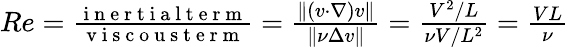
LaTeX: \begin{array}{r}{Re=\frac{\mathrm{~i~n~e~r~t~i~a~l~t~e~r~m~}}{\mathrm{~v~i~s~c~o~u~s~t~e~r~m~}}=\frac{\| (v\cdot\nabla)v\| }{\| \nu\Delta v\| }=\frac{V^{2}/L}{\nu V/L^{2}}=\frac{VL}{\nu}}\end{array}